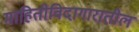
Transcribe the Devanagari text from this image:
माहितीविदागारातील